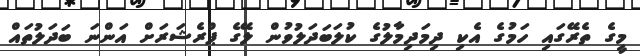
މީގެ ތެރޭގައި ހަމުގެ އެކި ދިމަދިމާލުގެ ކުލަބަދަލުވުން ލޭގެ ޕްރެޝަރަށް އަންނަ ބަދަލުތައް